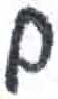
אות: ם